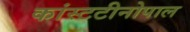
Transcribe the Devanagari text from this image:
कांस्टटीनोपाल